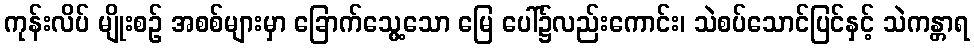
ကုန်းလိပ် မျိုးစဉ် အစစ်များမှာ ခြောက်သွေ့သော မြေ ပေါ်၌လည်းကောင်း၊ သဲစပ်သောင်ပြင်နှင့် သဲကန္တာရ